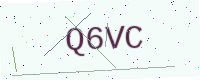
Text: Q6VC